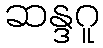
ဆန္ဒဂူ